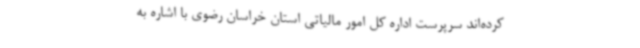
کرده‌اند سرپرست اداره کل امور مالیاتی استان خراسان رضوی با اشاره به